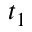
t _ { 1 }